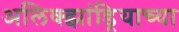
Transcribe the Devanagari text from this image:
अलिक्झांड्रियाच्या